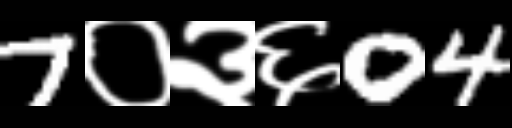
Text: 7०३६04